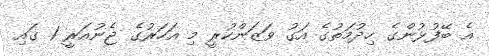
އެ ބޭފުޅުންގެ ހިދުމަތުގެ އަގު ވަޒަންކުރީ މި އަހަރުގެ ޖެނުއަރީ 1 ގައި